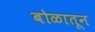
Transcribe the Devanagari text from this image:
बोळातून